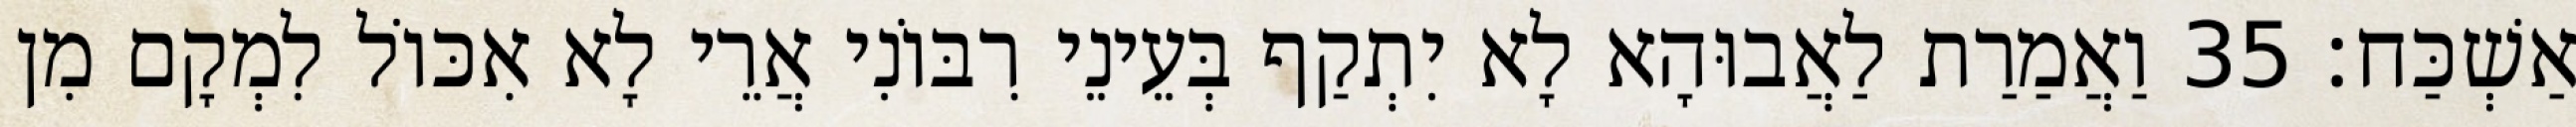
אַשְׁכַּח׃ 35 וַאֲמַרַת לַאֲבוּהָא לָא יִתְקַף בְּעֵינֵי רִבּוֹנִי אֲרֵי לָא אִכּוֹל לִמְקָם מִן